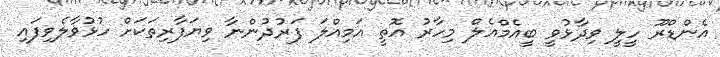
އެންޑްރޫ ހީލީ ވިދާޅުވީ ބީއެމްއެލް މިހާރު އޮތީ އަމިއްލަ ފަރުދުންނާ ވިޔަފާރިތަކަށް ހުޅުވާލެވިފައި